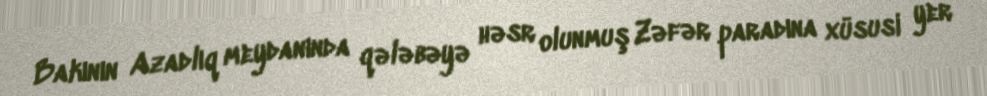
Bakının Azadlıq meydanında qələbəyə həsr olunmuş Zəfər paradına xüsusi yer